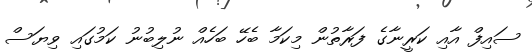
ސައިފް އާއި ކަރީނާގެ ފަރާތުން މިކަމާ ބެހޭ ބަހެއް ނުލިބުނު ކަމުގައި ވިޔަސް